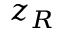
z _ { R }